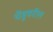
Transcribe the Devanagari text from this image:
चेंडूवरील